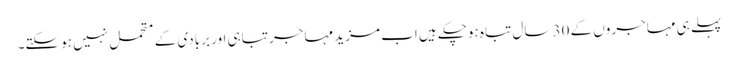
پہلے ہی مہاجروں کے 30 سال تباہ ہوچکے ہیں اب مزید مہاجر تباہی اور بربادی کے متحمل نہیں ہوسکتے۔